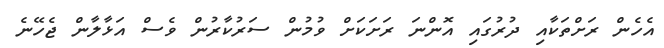
އެހެން ރަށްތަކާއި ދުރުގައި އޮންނަ ރަށަކަށް ވުމުން ސަރުކާރުން ވެސް އަޅާލާން ޖެހޭނެ